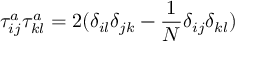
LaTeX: \tau _ { i j } ^ { a } \tau _ { k l } ^ { a } = 2 ( \delta _ { i l } \delta _ { j k } - \frac { 1 } { N } \delta _ { i j } \delta _ { k l } )